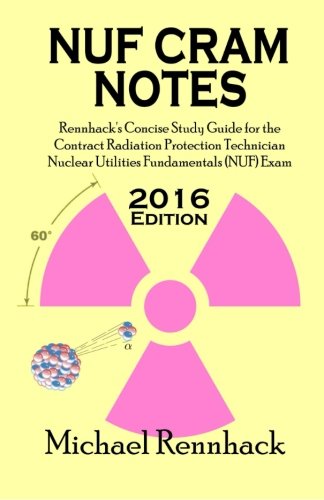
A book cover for NUF Cram Notes: Rennhack's Concise Study Guide for the Contract Radiation Protection Technician Nuclear Utilities Fundamentals (NUF) Exam; Michael D Rennhack; Science & Math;